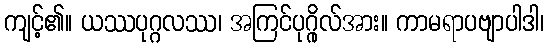
ကျင့်၏။ ယဿပုဂ္ဂလဿ၊ အကြင်ပုဂ္ဂိုလ်အား။ ကာမရာပဗျာပါဒါ၊